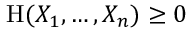
\mathrm { H } ( X _ { 1 } , \ldots , X _ { n } ) \geq 0